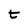
Character: t